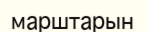
марштарын